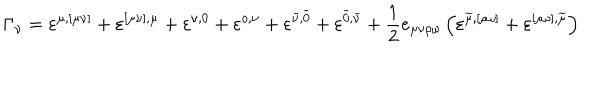
\Gamma _ { \nu } = \varepsilon ^ { \mu , [ \mu \nu ] } + \varepsilon ^ { [ \mu \nu ] , \mu } + \varepsilon ^ { \nu , 0 } + \varepsilon ^ { o , \nu } + \varepsilon ^ { \widetilde { \nu } , \widetilde { 0 } } + \varepsilon ^ { \widetilde { 0 } , \widetilde { \nu } } + \frac 1 2 e _ { \mu \nu \rho \omega } \left( \varepsilon ^ { \widetilde { \mu } , [ \rho \omega ] } + \varepsilon ^ { [ \rho \omega ] , \widetilde { \mu } } \right)